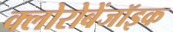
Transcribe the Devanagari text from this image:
क्लोरोबेंजॉइक